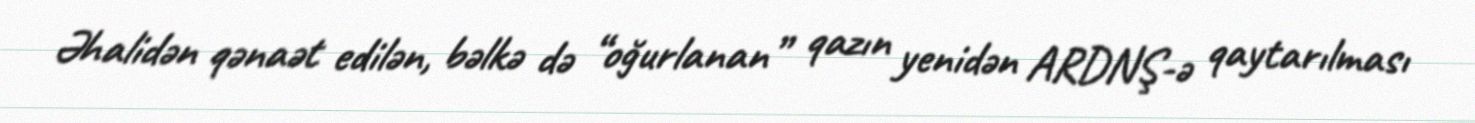
Əhalidən qənaət edilən, bəlkə də “oğurlanan” qazın yenidən ARDNŞ-ə qaytarılması